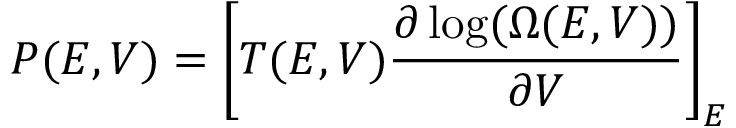
P ( E , V ) = \left[ T ( E , V ) \frac { \partial \log ( \Omega ( E , V ) ) } { \partial V } \right] _ { E }